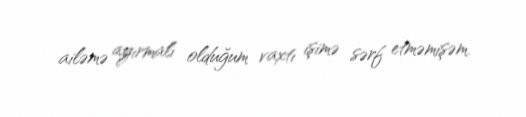
ailəmə ayırmalı olduğum vaxtı işimə sərf etməmişəm.